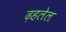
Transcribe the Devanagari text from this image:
ढ़हलेल